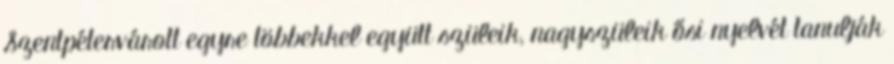
Szentpétervárott egyre többekkel együtt szüleik, nagyszüleik ősi nyelvét tanulják